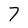
Character: 7